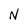
Character: N